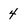
Character: 4